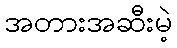
အတားအဆီးမဲ့